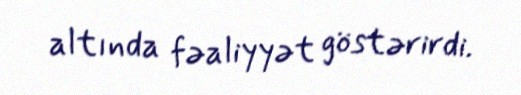
altında fəaliyyət göstərirdi.